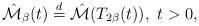
LaTeX: \begin{align*}\hat{\mathcal{M}}_{\beta}(t)\overset{d}{=}\hat{\mathcal{M}}(T_{2\beta}(t)),\ t>0,\end{align*}